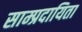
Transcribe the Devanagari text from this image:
साम्प्रदायिता